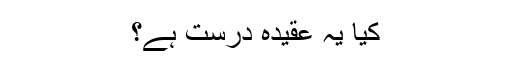
کیا یہ عقیدہ درست ہے؟